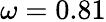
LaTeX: \omega=0.81